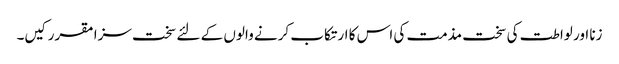
زنا اور لواطت کی سخت مذمت کی اس کا ارتکاب کرنے والوں کے لئے سخت سزا مقرر کیں۔